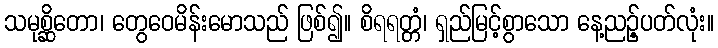
သမုစ္ဆိတော၊ တွေဝေမိန်းမောသည် ဖြစ်၍။ စိရရတ္တံ၊ ရှည်မြင့်စွာသော နေ့ညဉ့်ပတ်လုံး။